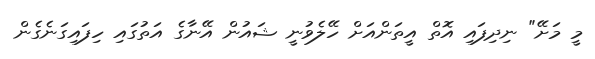
މީ މަށޭ" ނިދިފައި އޮތް އީތަންއަށް ހޭލެވުނީ ޝައުން އޭނާގެ އަތުގައި ހިފައިގަނެގެން